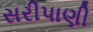
સરીપાણી